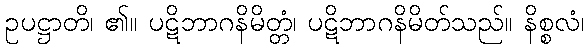
ဥပဋ္ဌာတိ၊ ၏။ ပဋိဘာဂနိမိတ္တံ၊ ပဋိဘာဂနိမိတ်သည်။ နိစ္စလံ၊